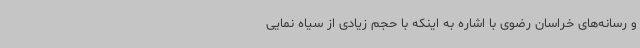
و رسانه‌های خراسان رضوی با اشاره به اینکه با حجم زیادی از سیاه نمایی